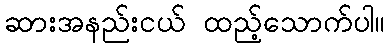
ဆားအနည်းငယ် ထည့်သောက်ပါ။